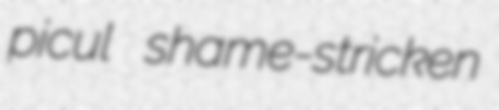
picul shame-stricken